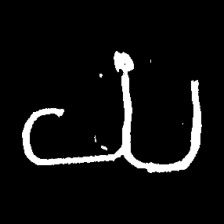
Pyu character \u2014 Myanmar letter: ယ (romanized: ya)